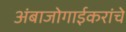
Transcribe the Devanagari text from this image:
अंबाजोगाईकरांचे